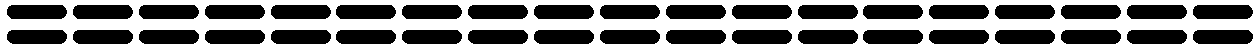
===================